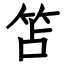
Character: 笘